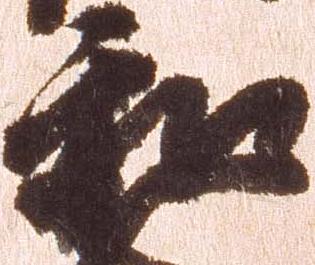
和